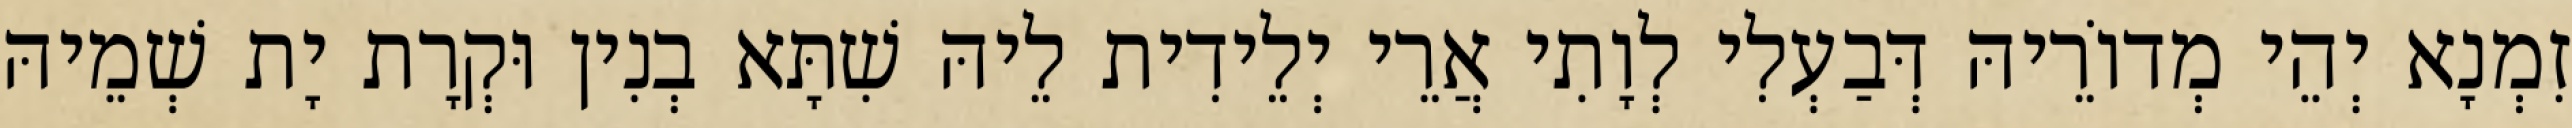
זִמְנָא יְהֵי מְדוֹרֵיהּ דְּבַעְלִי לְוָתִי אֲרֵי יְלֵידִית לֵיהּ שִׁתָּא בְנִין וּקְרָת יָת שְׁמֵיהּ